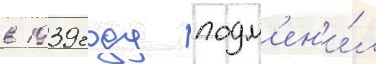
в 1939 году подм'ен'и́л